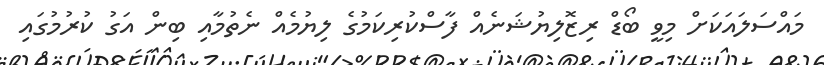
މައްސަލައަކަށް މިވީ ބޯޑް ރިޒޮލިޔުޝަނެއް ފާސްކުރިކަމުގެ ލިޔުމެއް ނެތުމާއި ބިން އަގު ކުރުމުގައި